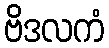
ဗိဒလကံ